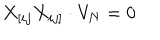
LaTeX: X _ { [ i j } X _ { i j ] } \cdot V _ { N } = 0